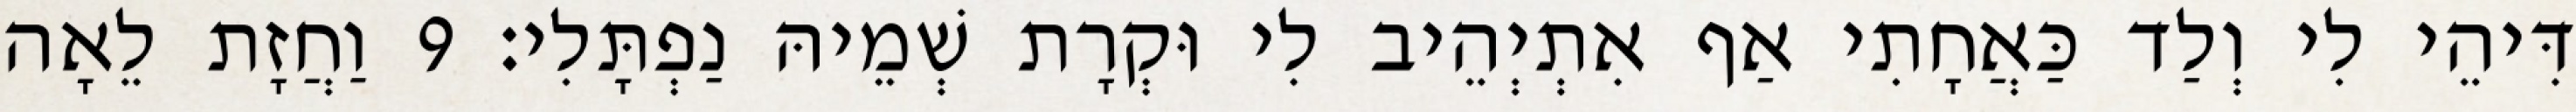
דִּיהֵי לִי וְלַד כַּאֲחָתִי אַף אִתְיְהֵיב לִי וּקְרָת שְׁמֵיהּ נַפְתָּלִי׃ 9 וַחֲזָת לֵאָה